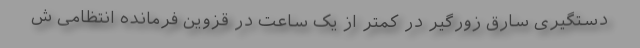
دستگیری سارق زورگیر در کمتر از یک ساعت در قزوین فرمانده انتظامی ش